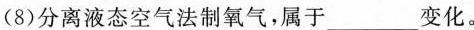
(8)分离液态空气法制氧气，属于___变化。